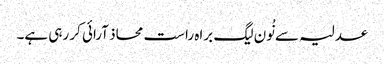
عدلیہ سے نُون لیگ براہ راست محاذ آرائی کر رہی ہے۔